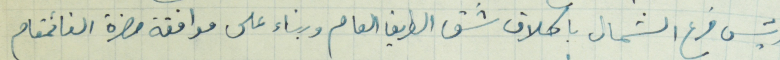
رئيس فرع الشمال باكلاف شق الطريق العام وبناء على موافقة حضرة القائمقام